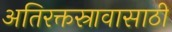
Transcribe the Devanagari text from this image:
अतिरक्तस्रावासाठी